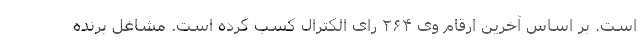
است. بر اساس آخرین ارقام وی ۲۶۴ رای الکترال کسب کرده است. مشاغل برنده